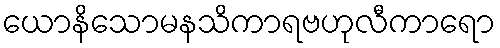
ယောနိသောမနသိကာရဗဟုလီကာရော